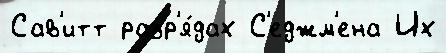
Сав'итт разр'я́дах С'еджм'ена Их